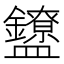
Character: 𬑃